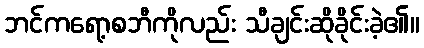
ဘင်ကရော့စဘီကိုလည်း သီချင်းဆိုခိုင်းခဲ့၏။